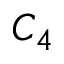
C _ { 4 }